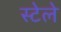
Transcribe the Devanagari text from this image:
स्टेले